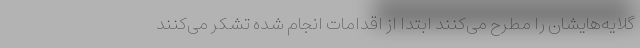
گلایه‌هایشان را مطرح می‌کنند ابتدا از اقدامات انجام شده تشکر می‌کنند